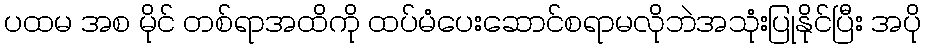
ပထမ အစ မိုင် တစ်ရာအထိကို ထပ်မံပေးဆောင်စရာမလိုဘဲအသုံးပြုနိုင်ပြီး အပို